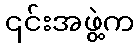
၎င်းအဖွဲ့က